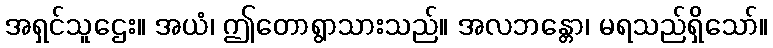
အရှင်သူဌေး။ အယံ၊ ဤတောရွာသားသည်။ အလဘန္တော၊ မရသည်ရှိသော်။